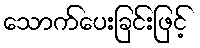
သောက်ပေးခြင်းဖြင့်